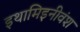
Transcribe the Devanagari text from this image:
इथामिइनीवंश